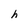
Character: h